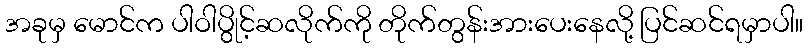
အခုမှ မောင်က ပါဝါပွိုင့်ဆလိုက်ကို တိုက်တွန်းအားပေးနေလို့ ပြင်ဆင်ရမှာပါ။